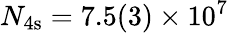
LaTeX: N_{4\mathrm{s}}=7.5(3)\times 10^{7}